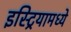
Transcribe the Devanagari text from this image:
इस्ट्रियामध्ये